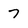
Character: 7